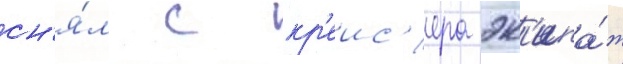
сн'я́л с кр'еис'ера эк'ипа́ж